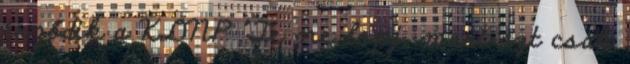
érződik a KDNP "Te ne lopj, mert azt csak